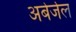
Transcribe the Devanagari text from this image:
अबेर्जेल